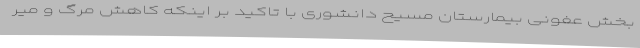
بخش عفونی بیمارستان مسیح دانشوری با تاکید بر اینکه کاهش مرگ و میر